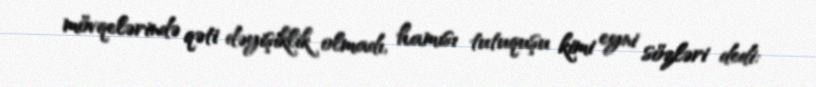
mövqelərində qəti dəyişiklik olmadı, hamısı tutuquşu kimi eyni sözləri dedi: